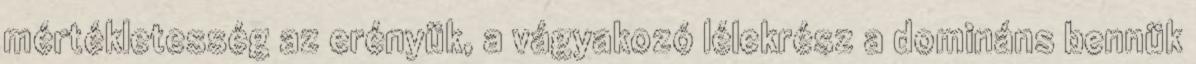
mértékletesség az erényük, a vágyakozó lélekrész a domináns bennük